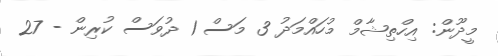
މީދޫން: އިހްތިޝާމް މުހައްމަދު 3 މަސް 1 ދުވަސް ކުރިން - 27